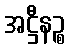
အဋ္ဌီနဉ္စ